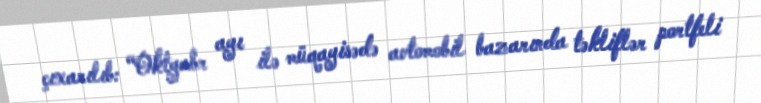
çıxarılıb: “Oktyabr ayı ilə müqayisədə avtomobil bazarında təkliflər portfeli